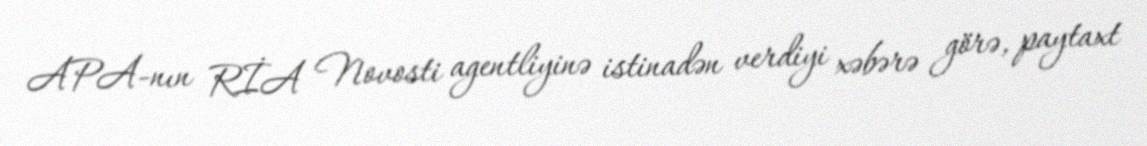
APA-nın RİA Novosti agentliyinə istinadən verdiyi xəbərə görə, paytaxt